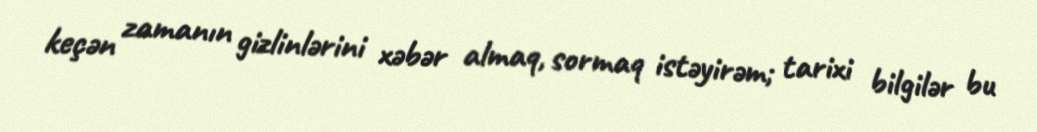
keçən zamanın gizlinlərini xəbər almaq, sormaq istəyirəm; tarixi bilgilər bu